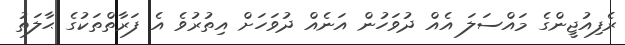
ރެފިއުޖީންގެ މައްސަލަ އެއް ދުވަހުން އަނެއް ދުވަހަށް އިތުރުވެ އެ ފަރާތްތަކުގެ ޙާލަތު